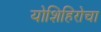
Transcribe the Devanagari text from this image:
योशिहिरोचा